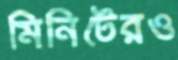
মিনিটেরও